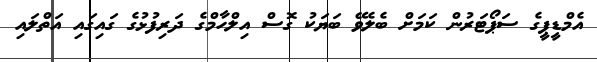
އެމްޑީޕީގެ ސަޕޯޓަރުން ކަމަށް ބެލެވޭ ބަޔަކު ގޮސް އިލްހާމްގެ ދަރިފުޅުގެ ގައިގައި އަތްލައި